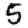
Digit: 5